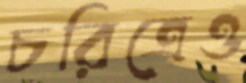
চরিত্রেও